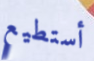
أستطيع